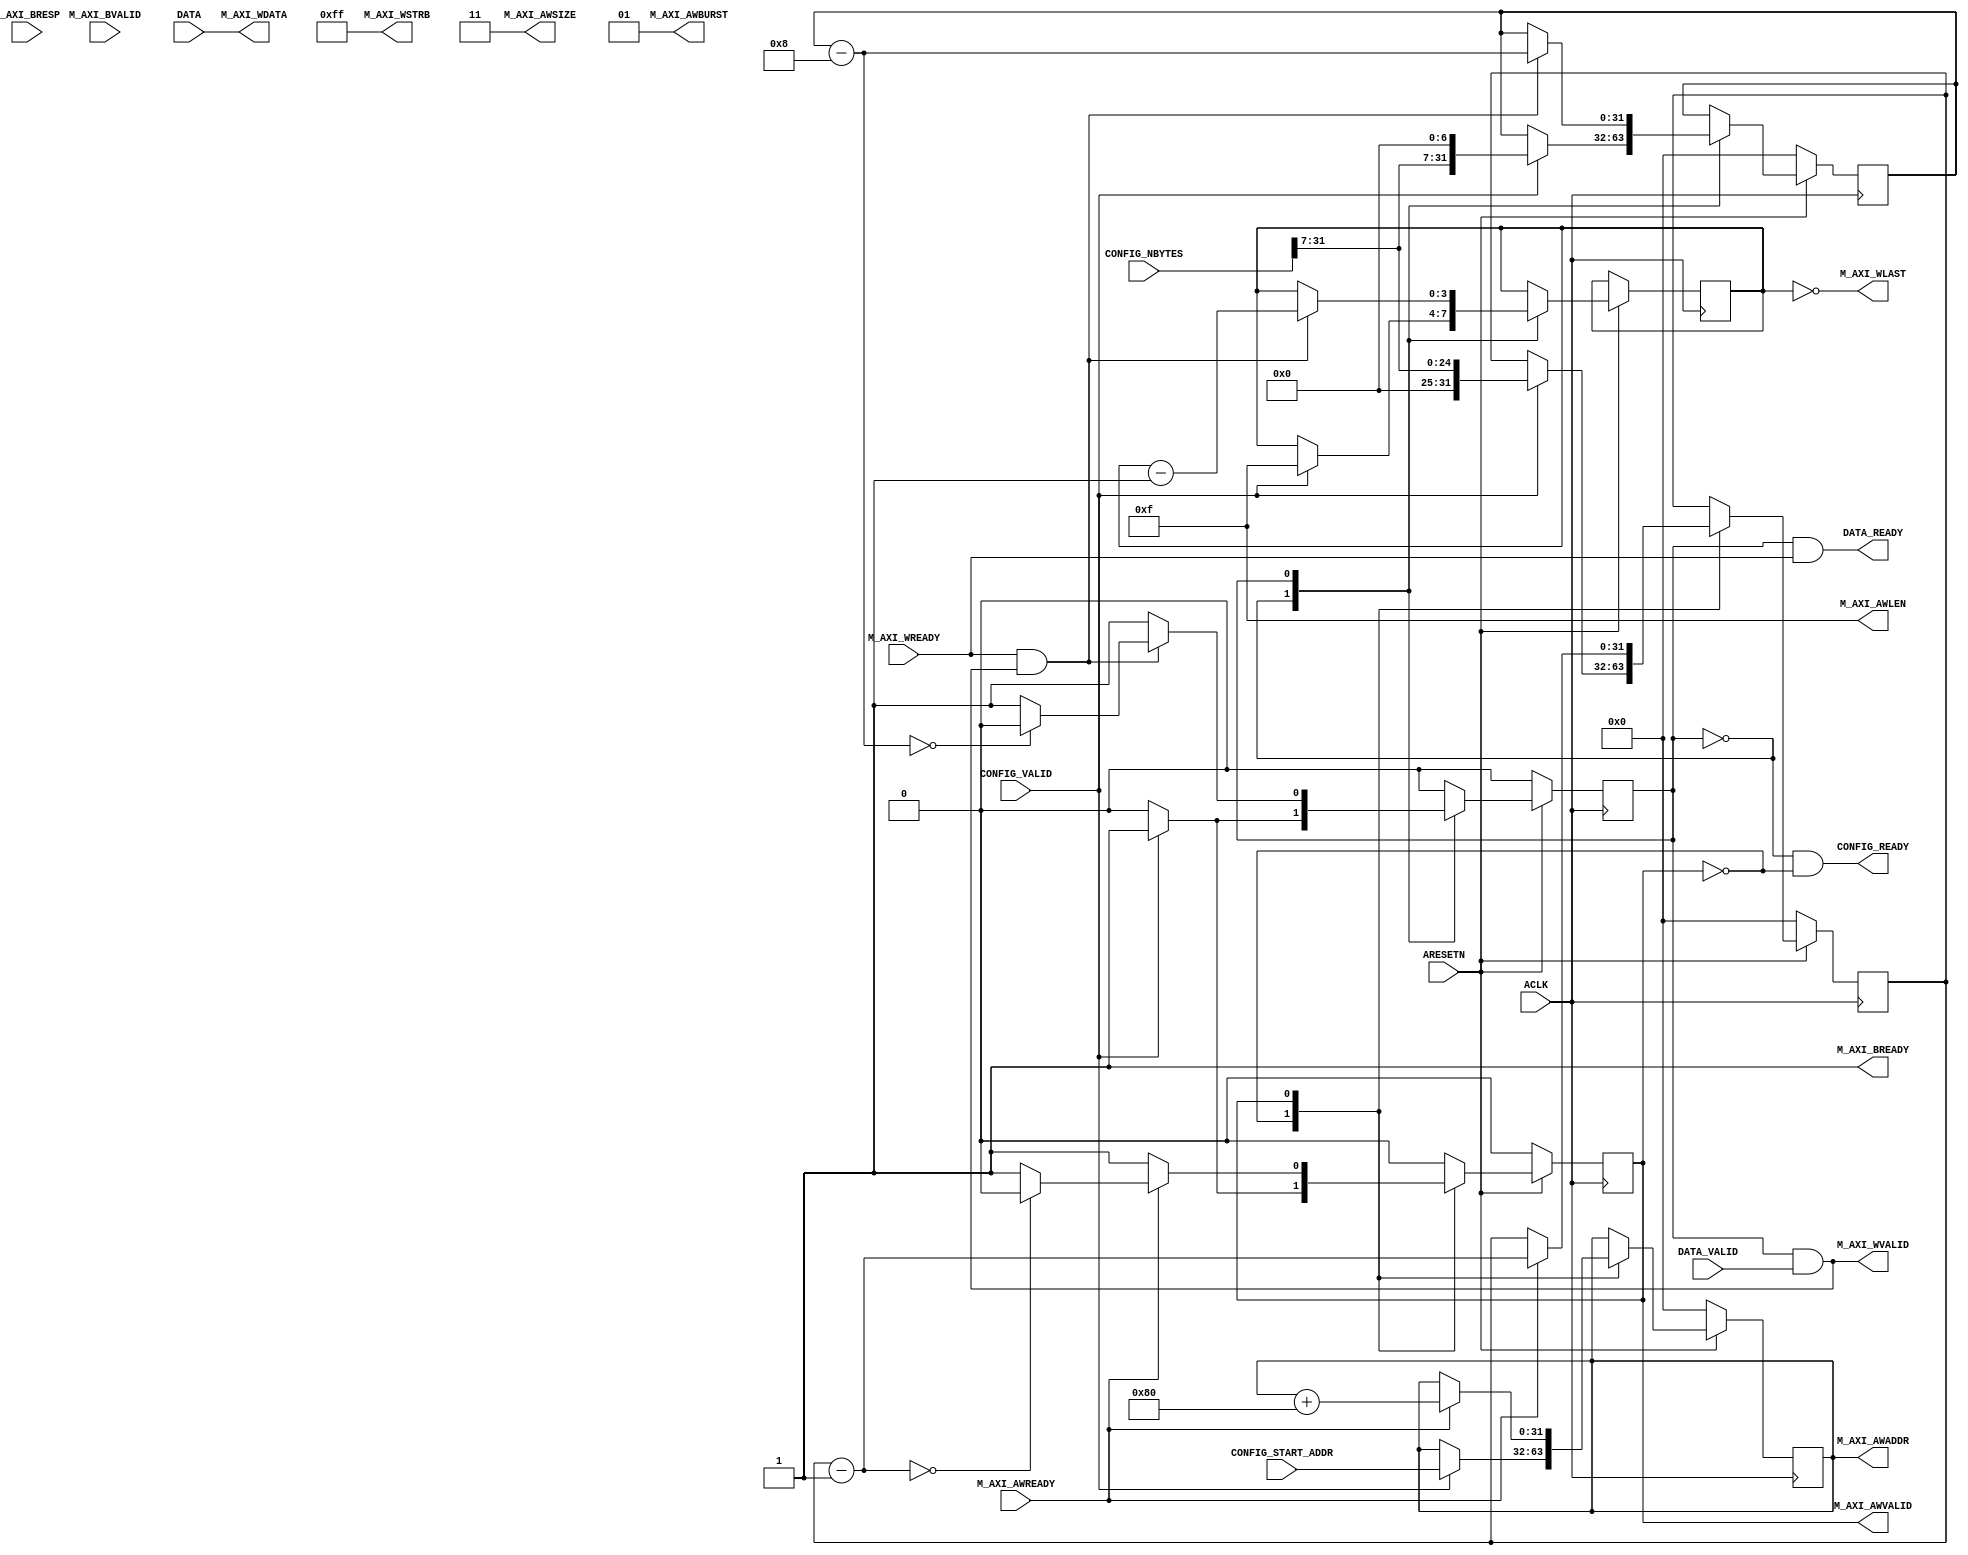
module DRAMWriter(
    //AXI port
    input wire ACLK,
    input wire ARESETN,
    output reg [31:0] M_AXI_AWADDR,
    input wire M_AXI_AWREADY,
    output wire M_AXI_AWVALID,
    
    output wire [63:0] M_AXI_WDATA,
    output wire [7:0] M_AXI_WSTRB,
    input wire M_AXI_WREADY,
    output wire M_AXI_WVALID,
    output wire M_AXI_WLAST,
    
    input wire [1:0] M_AXI_BRESP,
    input wire M_AXI_BVALID,
    output wire M_AXI_BREADY,
    
    output wire [3:0] M_AXI_AWLEN,
    output wire [1:0] M_AXI_AWSIZE,
    output wire [1:0] M_AXI_AWBURST,
    
    //Control config
    input wire CONFIG_VALID,
    output wire CONFIG_READY,
    input wire [31:0] CONFIG_START_ADDR,
    input wire [31:0] CONFIG_NBYTES,
    
    //RAM port
    input wire [63:0] DATA,
    output wire DATA_READY,
    input wire DATA_VALID

);

assign M_AXI_AWLEN = 4'b1111;
assign M_AXI_AWSIZE = 2'b11;
assign M_AXI_AWBURST = 2'b01;
assign M_AXI_WSTRB = 8'b11111111;

parameter IDLE = 0, RWAIT = 1;
    
//ADDR logic
reg [31:0] a_count;
reg a_state;  
assign M_AXI_AWVALID = (a_state == RWAIT);
always @(posedge ACLK) begin
    if (ARESETN == 0) begin
        a_state <= IDLE;
        M_AXI_AWADDR <= 0;
        a_count <= 0;
    end else case(a_state)
        IDLE: begin
            if(CONFIG_VALID) begin
                M_AXI_AWADDR <= CONFIG_START_ADDR;
                a_count <= CONFIG_NBYTES[31:7];
                a_state <= RWAIT;
            end
        end
        RWAIT: begin
            if (M_AXI_AWREADY == 1) begin
                if(a_count - 1 == 0)
                    a_state <= IDLE;
                a_count <= a_count - 1;
                M_AXI_AWADDR <= M_AXI_AWADDR + 128; 
            end
        end
    endcase
end

//WRITE logic
reg [31:0] b_count;
reg w_state;
reg [3:0] last_count;

always @(posedge ACLK) begin
    if (ARESETN == 0) begin
        w_state <= IDLE;
        b_count <= 0;
    end else case(w_state)
        IDLE: begin
            if(CONFIG_VALID) begin
                b_count <= {CONFIG_NBYTES[31:7],7'b0};
                w_state <= RWAIT;
                last_count <= 4'b1111;
            end
        end
        RWAIT: begin
            if (M_AXI_WREADY && M_AXI_WVALID) begin
                //use M_AXI_WDATA
                if(b_count - 8 == 0) begin
                    w_state <= IDLE;
                end
                last_count <= last_count - 4'b1;
                b_count <= b_count - 8;
            end
        end
    endcase
end

assign M_AXI_WLAST = last_count == 4'b0000;

assign M_AXI_WVALID = (w_state == RWAIT) && DATA_VALID;

assign DATA_READY = (w_state == RWAIT) && M_AXI_WREADY;
   
assign CONFIG_READY = (w_state == IDLE) && (a_state == IDLE);

assign M_AXI_BREADY = 1;

assign M_AXI_WDATA = DATA;

endmodule